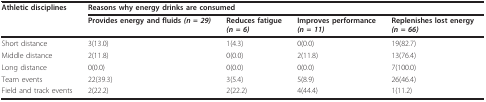
<table><thead><tr><td><b>Athletic disciplines</b></td><td colspan="4"><b>Reasons why energy drinks are consumed</b></td></tr><tr><td></td><td><b>Provides energy and fluids <i>(n = 29)</i></b></td><td><b>Reduces fatigue<i>(n = 6)</i></b></td><td><b>Improves performance<i>(n = 11)</i></b></td><td><b>Replenishes lost energy<i>(n = 66)</i></b></td></tr></thead><tbody><tr><td>Short distance</td><td>3(13.0)</td><td>1(4.3)</td><td>0(0.0)</td><td>19(82.7)</td></tr><tr><td>Middle distance</td><td>2(11.8)</td><td>0(0.0)</td><td>2(11.8)</td><td>13(76.4)</td></tr><tr><td>Long distance</td><td>0(0.0)</td><td>0(0.0)</td><td>0(0.0)</td><td>7(100.0)</td></tr><tr><td>Team events</td><td>22(39.3)</td><td>3(5.4)</td><td>5(8.9)</td><td>26(46.4)</td></tr><tr><td>Field and track events</td><td>2(22.2)</td><td>2(22.2)</td><td>4(44.4)</td><td>1(11.2)</td></tr></tbody></table>